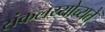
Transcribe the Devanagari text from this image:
संकलय्योच्यते